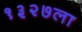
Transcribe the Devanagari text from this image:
१३२७ला